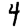
Digit: 4